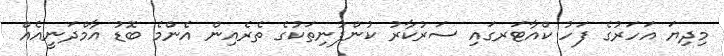
މިދިޔަ އަހަރުގެ ފަހު ކްއާޓަރގައި ސަރުކާރު ކުންފުނިތަކުގެ ތެރެއިން އެންމެ ބޮޑު އާމްދަނީއެއް